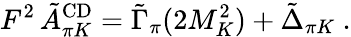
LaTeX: F^{2}\, \tilde{A}_{\pi K}^{\mathrm{CD}}=\tilde{\Gamma}_{\pi}(2M_{K}^{2})+\tilde{\Delta}_{\pi K}~.